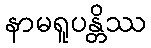
နာမရူပန္တိဿ